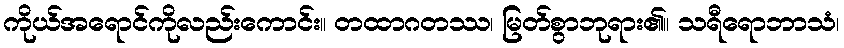
ကိုယ်အရောင်ကိုလည်းကောင်း။ တထာဂတဿ၊ မြတ်စွာဘုရား၏။ သရီရောဘာသံ၊